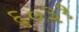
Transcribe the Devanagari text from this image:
६०३१